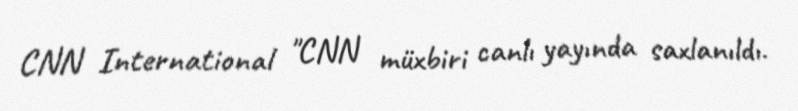
CNN International "CNN müxbiri canlı yayında saxlanıldı.